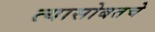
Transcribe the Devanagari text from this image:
त्यासोबतचे